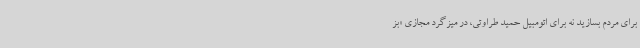
برای مردم بسازید نه برای اتومبیل حمید طراوتی، در میزگرد مجازی «بز